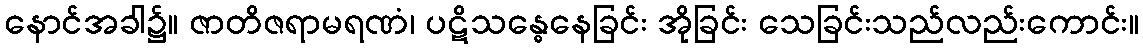
နောင်အခါ၌။ ဇာတိဇရာမရဏံ၊ ပဋိသန္ဓေနေခြင်း အိုခြင်း သေခြင်းသည်လည်းကောင်း။